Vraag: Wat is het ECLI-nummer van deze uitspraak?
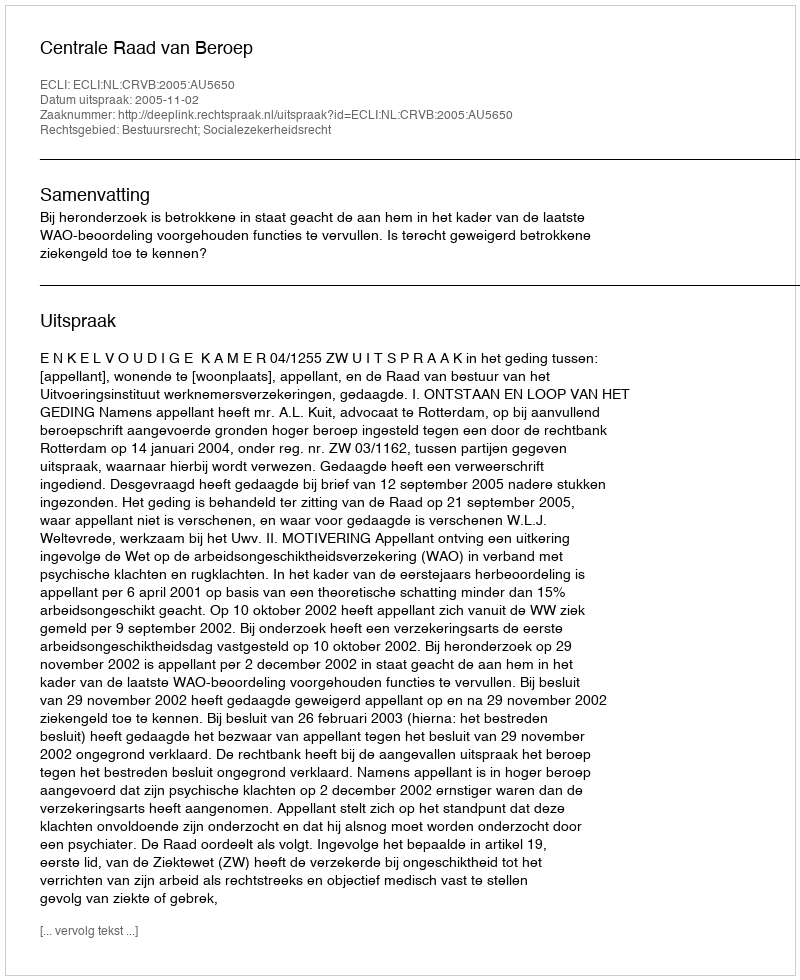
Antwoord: ECLI:NL:CRVB:2005:AU5650